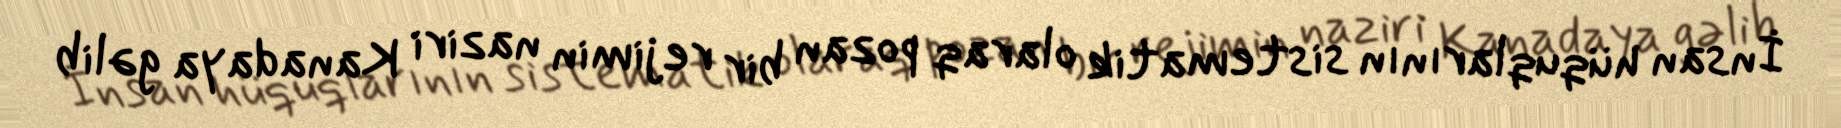
İnsan hüquqlarının sistematik olaraq pozan bir rejimin naziri Kanadaya gəlib